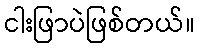
ငါးဖြာပဲဖြစ်တယ်။